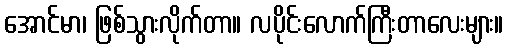
အောင်မာ၊ ဖြစ်သွားလိုက်တာ။ လပိုင်းလောက်ကြီးတာလေးများ။